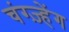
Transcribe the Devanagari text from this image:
चंग्ज़्हेंग